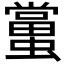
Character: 𧒾